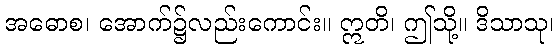
အဓောစ၊ အောက်၌လည်းကောင်း။ ဣတိ၊ ဤသို့။ ဒိသာသု၊